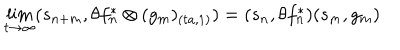
\lim _ { t \rightarrow \infty } ( s _ { n + m } , \theta f _ { n } ^ { \ast } \otimes ( g _ { m } ) _ { ( t a , 1 ) } ) = ( s _ { n } , \theta f _ { n } ^ { \ast } ) ( s _ { m } , g _ { m } )